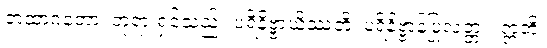
တထာဂတော၊ ဘုရားရှင်သည်။ ပရိနိဗ္ဗာယိဿတိ၊ ပရိနိဗ္ဗာန်ပြုလတ္တံ့။ ဣတိ၊